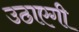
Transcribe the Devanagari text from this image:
उठाएगी